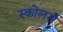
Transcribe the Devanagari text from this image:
स्कोलर्स